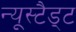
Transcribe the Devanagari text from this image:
न्यूस्टैड्ट